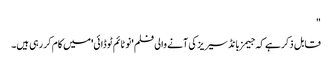
"
قابل ذکر ہے کہ جیمز بانڈ سیریز کی آنے والی فلم 'نو ٹائم ٹو ڈائی'میں کام کر رہی ہیں۔